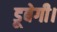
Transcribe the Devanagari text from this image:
डूबेगी।